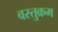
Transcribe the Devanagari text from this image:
वस्तुक्रम